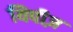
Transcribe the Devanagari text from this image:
यिपीज़